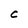
Character: C